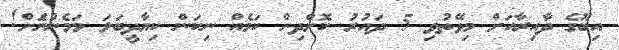
އިބޫގެ ދާއިރާއަށް މިވޭތުވި 5 ދައުރު ކޮށްދިން ކަމެއް ނިކަން ކިޔާދީބަލަ މަމެންނެަށް!